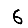
Digit: 6